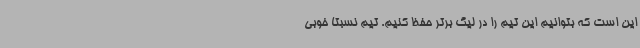
این است که بتوانیم این تیم را در لیگ برتر حفظ کنیم. تیم نسبتاً خوبی